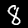
Digit: 8